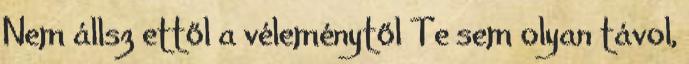
Nem állsz ettől a véleménytől Te sem olyan távol,